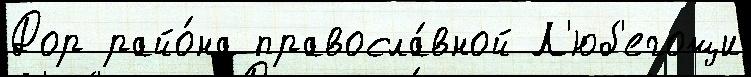
Дор райо́на правосла́вной Л'юб'егощи